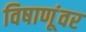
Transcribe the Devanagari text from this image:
विषाणूंवर